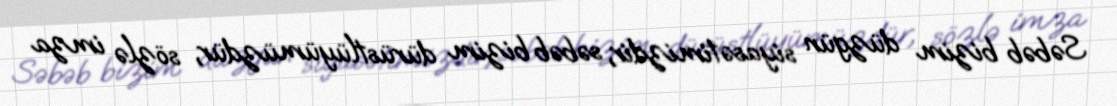
Səbəb bizim düzgün siyasətimizdir, səbəb bizim dürüstlüyümüzdür, sözlə imza